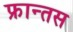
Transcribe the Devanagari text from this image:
फ्रान्तस